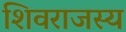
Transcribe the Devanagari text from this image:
शिवराजस्य